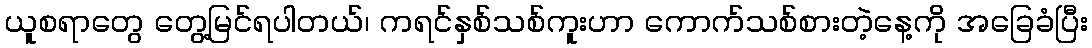
ယူစရာတွေ တွေ့မြင်ရပါတယ်၊ ကရင်နှစ်သစ်ကူးဟာ ကောက်သစ်စားတဲ့နေ့ကို အခြေခံပြီး